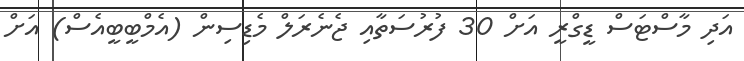
އަދި މާސްޓަސް ޑީގްރީ އަށް 30 ފުރުސަތާއި ޖެނެރަލް މެޑިސިން (އެމްބީބީއެސް) އަށް